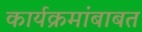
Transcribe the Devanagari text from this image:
कार्यक्रमांबाबत